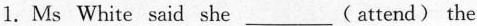
1.Ms White said she___( attend) the